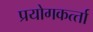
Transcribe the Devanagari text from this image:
प्रयोगकर्त्‍ता